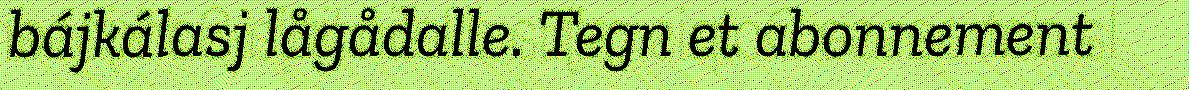
bájkálasj lågådalle. Tegn et abonnement